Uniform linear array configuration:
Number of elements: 48
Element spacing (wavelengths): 0.75
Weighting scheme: cosine
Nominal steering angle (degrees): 15
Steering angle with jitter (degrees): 16.626
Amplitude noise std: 0.05
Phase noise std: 0.05

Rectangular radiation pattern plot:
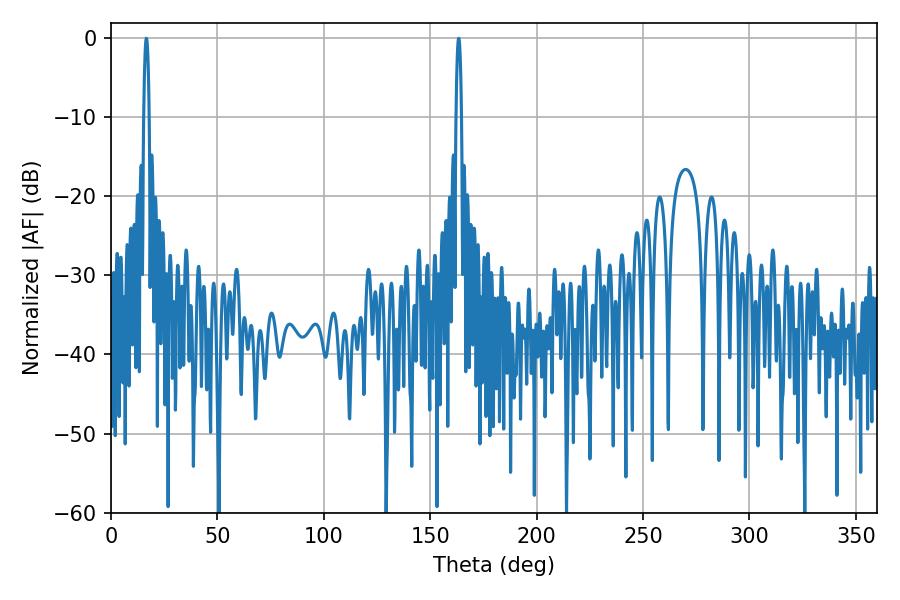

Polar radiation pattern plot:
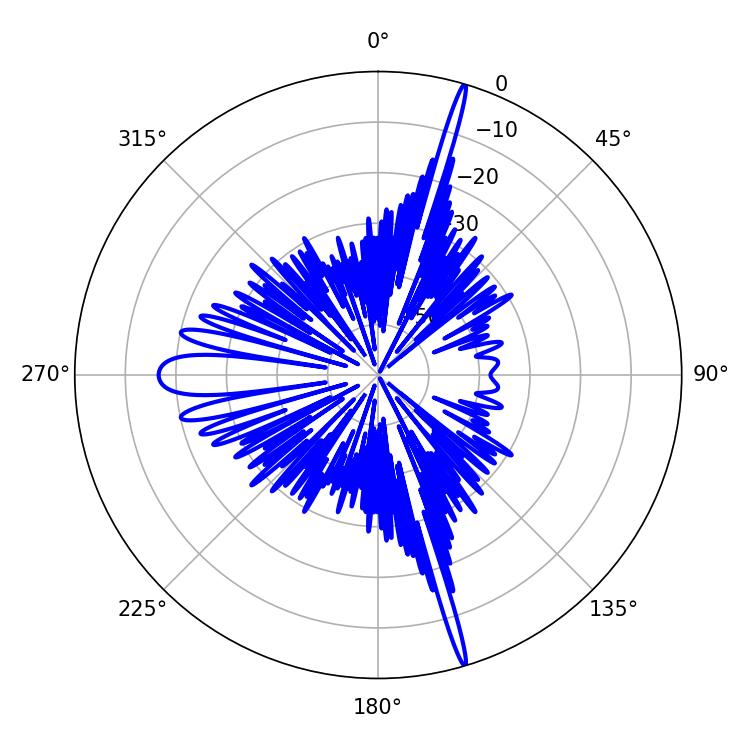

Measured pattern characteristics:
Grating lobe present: TRUE
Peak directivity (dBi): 22.462
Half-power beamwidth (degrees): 1.26
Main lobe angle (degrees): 16.56